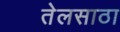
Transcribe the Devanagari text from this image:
तेलसाठा